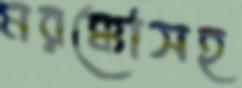
মরক্কোসহ